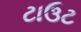
ટાઉટ